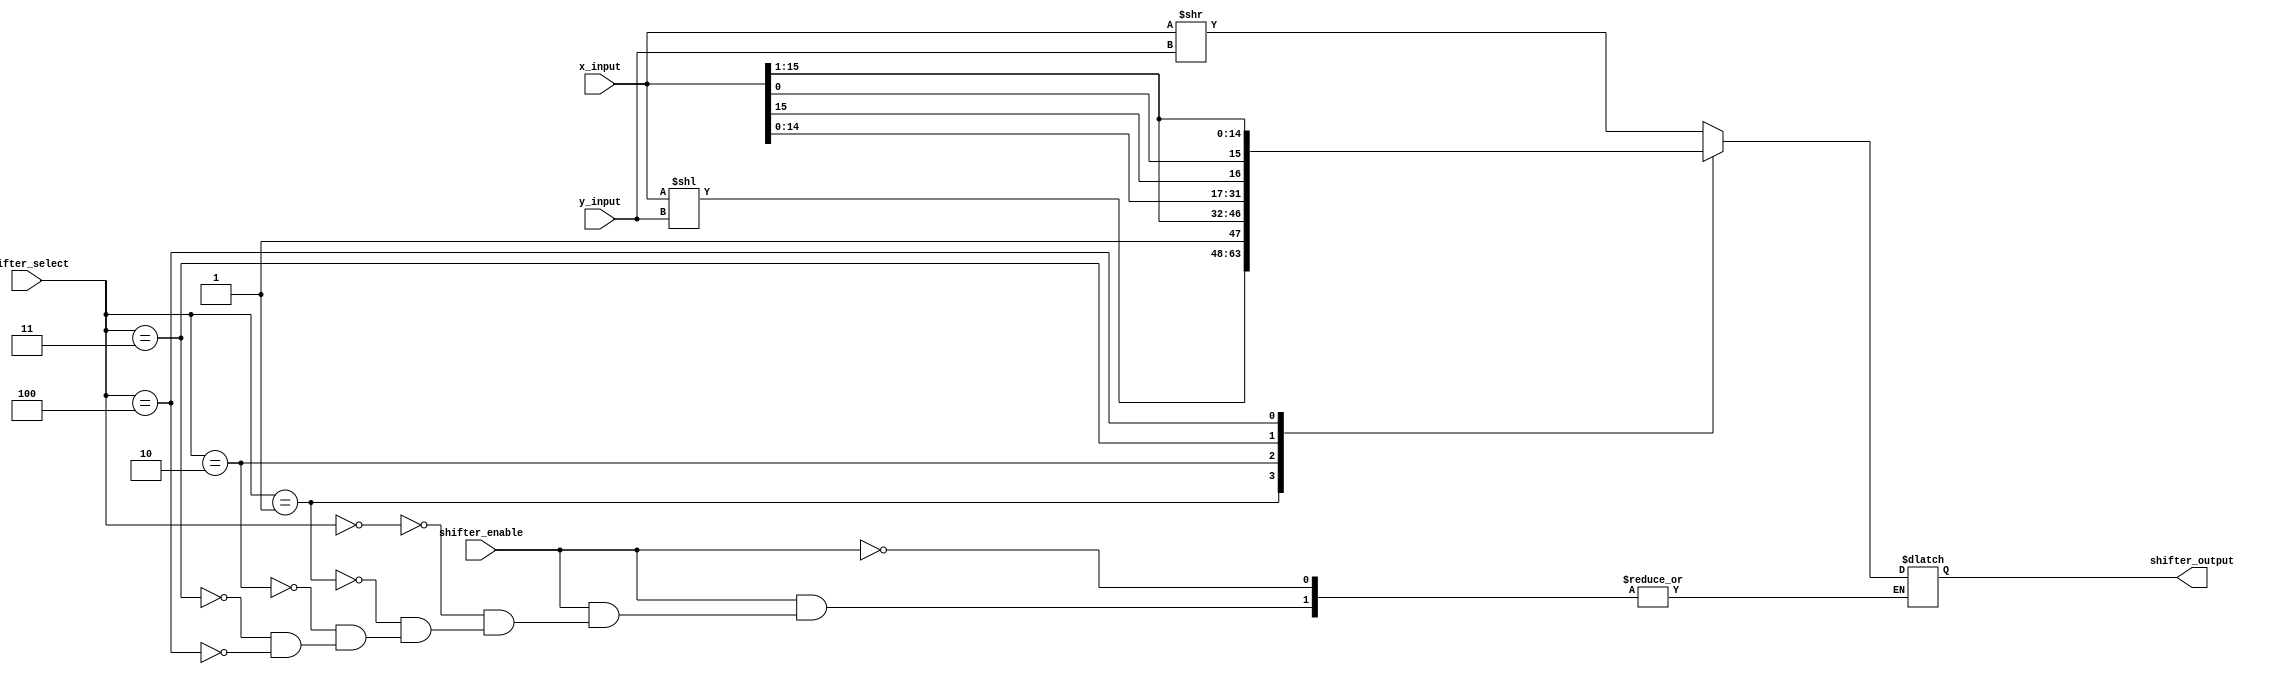
module shifter( shifter_select, shifter_enable, x_input, y_input, shifter_output );
  input     [2:0]  	shifter_select;
  input            	shifter_enable;
  input     [15:0] 	x_input;
  input     [3:0]  	y_input;
  output    [15:0] 	shifter_output;


always @*
begin
  if( shifter_enable )
    begin
      case( shifter_select )
      3'b000:  shifter_output = x_input >> y_input; 		//LSR shifter_output=x_input << y_input;     
      3'b001:  shifter_output = x_input << y_input; 		//LSL shifter_output=x_input >> y_input;
      3'b010:  shifter_output = {15, x_input[15:1]}; 		//ASR shifter_output=x_input >>> y_input;     
      3'b011:  shifter_output = {x_input[14:0], x_input[15]}; 	//ROTL shifter_output=x_input rot> y_input;    
      3'b100:  shifter_output = {x_input[0], x_input[15:1]}; 	//ROTR shifter_output=x_input <rot y_input;
      endcase
    end
end

endmodule